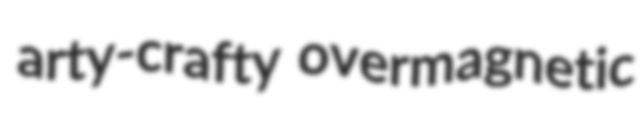
arty-crafty overmagnetic